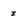
Character: z